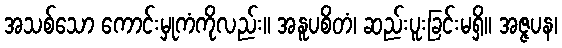
အသစ်သော ကောင်းမှုကံကိုလည်း။ အနူပစိတံ၊ ဆည်းပူးခြင်းမရှိ။ အဇ္ဇပန၊